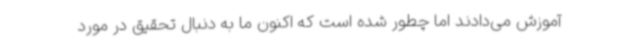
آموزش می‌دادند اما چطور شده است که اکنون ما به دنبال تحقیق در مورد